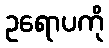
ဥရောပကို